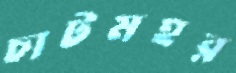
চাটমহর